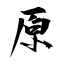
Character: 原